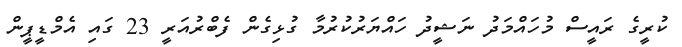
ކުރީގެ ރައީސް މުހައްމަދު ނަޝީދު ހައްޔަރުކުރުމާ ގުޅިގެން ފެބްރުއަރީ 23 ގައި އެމްޑީޕީން